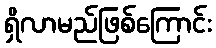
ရှိလာမည်ဖြစ်ကြောင်း